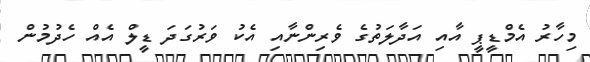
މިހާރު އެމްޑީޕީ އާއި އަދާލަތުގެ ވެރިންނާއި އެކު ވަރުގަދަ ޑީލް އެއް ހެދުމުން